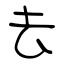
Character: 去